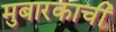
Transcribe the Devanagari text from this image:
मुबारकाची